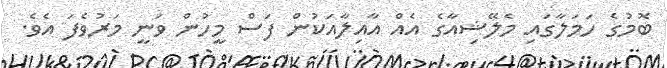
ބޮމުގެ ހަމަލާގައި މެލޭޝިއާގެ އެއް އާއިލާއަކުން ފަސް މީހުން ވަނީ މަރުވެފަ އެވެ.